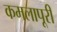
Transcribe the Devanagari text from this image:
कमलापूरी